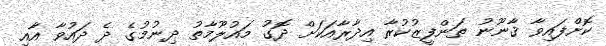
ކޮށްފައިވާ ޤާނޫނު ތަންފީޒުކުރާ އިދާރާއަކަށް ދޮގު މައުލޫމާތު ދިނުމުގެ ދެ ދައުވާ އާއި